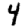
Digit: 4